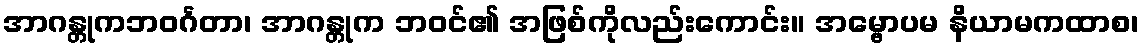
အာဂန္တုကဘဝင်္ဂတာ၊ အာဂန္တုက ဘဝင်၏ အဖြစ်ကိုလည်းကောင်း။ အမ္ဗောပမ နိယာမကထာစ၊